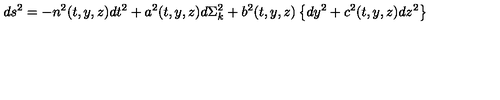
d s ^ { 2 } = - n ^ { 2 } ( t , y , z ) d t ^ { 2 } + a ^ { 2 } ( t , y , z ) d \Sigma _ { k } ^ { 2 } + b ^ { 2 } ( t , y , z ) \left\{ d y ^ { 2 } + c ^ { 2 } ( t , y , z ) d z ^ { 2 } \right\}